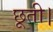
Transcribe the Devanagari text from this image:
छूती।